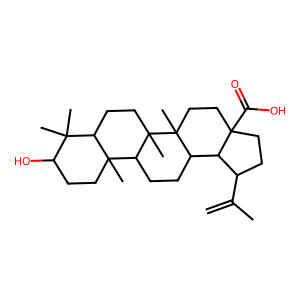
SMILES: C=C(C)C1CCC2(C(=O)O)CCC3(C)C(CCC4C5(C)CCC(O)C(C)(C)C5CCC43C)C12
Inhibits HIV replication: No